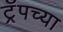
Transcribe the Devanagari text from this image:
ट्रॅपच्या